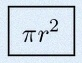
\pi r^2